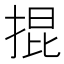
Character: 掍